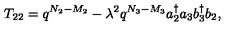
T _ { 2 2 } = q ^ { N _ { 2 } - M _ { 2 } } - \lambda ^ { 2 } q ^ { N _ { 3 } - M _ { 3 } } a _ { 2 } ^ { \dag } a _ { 3 } b _ { 3 } ^ { \dag } b _ { 2 } ,